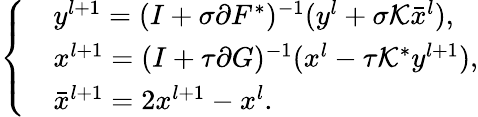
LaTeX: \left\{ \begin{array}{ll}&{y^{l+1}=(I+\sigma\partial F^{\ast})^{-1}(y^{l}+\sigma\mathcal{K}\bar{x}^{l}),}\\ &{x^{l+1}=(I+\tau\partial G)^{-1}(x^{l}-\tau\mathcal{K}^{\ast}y^{l+1}),}\\ &{\bar{x}^{l+1}=2x^{l+1}-x^{l}.}\end{array}\right.